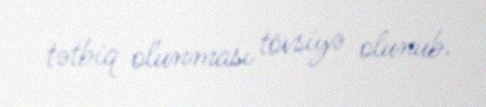
tətbiq olunması tövsiyə olunub.